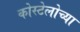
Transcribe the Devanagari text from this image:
कोस्टेलोच्या